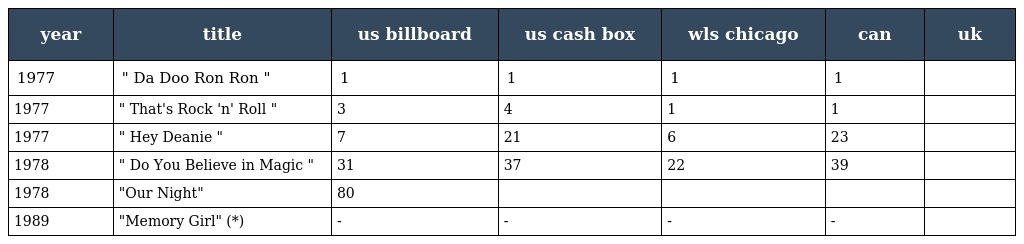
| year | title | us billboard | us cash box | wls chicago | can | uk |
 | --- | --- | --- | --- | --- | --- | --- |
 | 1977 | " Da Doo Ron Ron " | 1 | 1 | 1 | 1 |  |
 | 1977 | " That's Rock 'n' Roll " | 3 | 4 | 1 | 1 |  |
 | 1977 | " Hey Deanie " | 7 | 21 | 6 | 23 |  |
 | 1978 | " Do You Believe in Magic " | 31 | 37 | 22 | 39 |  |
 | 1978 | "Our Night" | 80 |  |  |  |  |
 | 1989 | "Memory Girl" (*) | - | - | - | - |  |